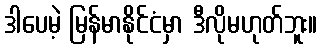
ဒါပေမဲ့ မြန်မာနိုင်ငံမှာ ဒီလိုမဟုတ်ဘူး။